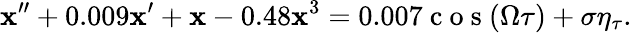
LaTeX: \mathbf{x}^{\prime\prime}+0.009\mathbf{x}^{\prime}+\mathbf{x}-0.48\mathbf{x}^{3}=0.007\mathrm{{~c~o~s~}}(\Omega\tau)+\sigma\eta_{\tau}.